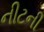
નીટની